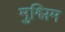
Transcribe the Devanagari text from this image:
मुश्लिम